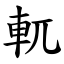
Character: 軏